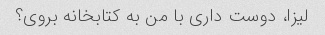
لیزا، دوست داری با من به کتابخانه بروی؟